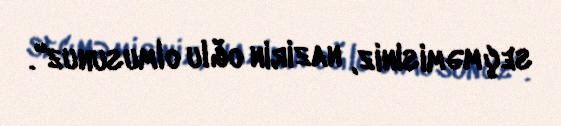
seçməmisiniz, nazirin oğlu olmusunuz".